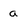
Character: a